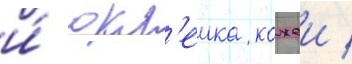
и́ окл'еика кожеи /